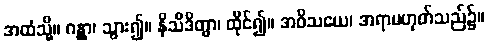
အထံသို့။ ဂန္တွာ၊ သွား၍။ နိသီဒိတွာ၊ ထိုင်၍။ အဝိသယေ၊ အရာမဟုတ်သည်၌။